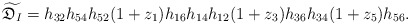
\begin{gather*}\widetilde{\mathfrak{D}_I}=h_{32}h_{54}h_{52}(1+z_1)h_{16}h_{14}h_{12} (1+z_3)h_{36}h_{34}(1+z_5)h_{56}.\end{gather*}